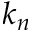
k _ { n }